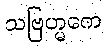
သဗြဟ္မကေ